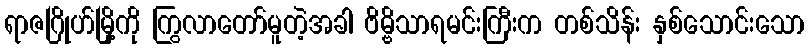
ရာဇဂြိုဟ်မြို့ကို ကြွလာတော်မူတဲ့အခါ ဗိမ္ဗိသာရမင်းကြီးက တစ်သိန်း နှစ်သောင်းသော